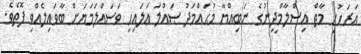
އަރަހުށި މާތް އިސްލާމްދީނުގެ ނަބިއްޔާ މުޙައްމަދު ޞައްލަ ޢަލައިހި ވަސައްލަމަޔަށް ބާވައިލެއްވި ފޮތެވެ.